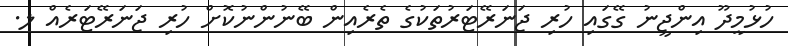
ހުޅުމީދޫ އިންޖީނު ގޭގައި ހުރި ޖަނަރޭޓަރުތަކުގެ ތެރެއިން ބޭނުންނުކޮށް ހުރި ޖަނަރޭޓަރެއް ލ.